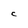
Character: C